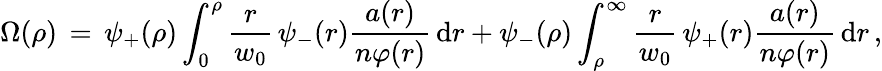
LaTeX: \Omega(\rho)\, =\, \psi_{+}(\rho)\int_{0}^{\rho}\frac{r}{w_{0}}\, \psi_{-}(r)\frac{a(r)}{n\varphi(r)}\, \mathrm{d}r+\psi_{-}(\rho)\int_{\rho}^{\infty}\frac{r}{w_{0}}\, \psi_{+}(r)\frac{a(r)}{n\varphi(r)}\, \mathrm{d}r\, ,